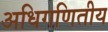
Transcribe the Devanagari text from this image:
अधिगणितीय